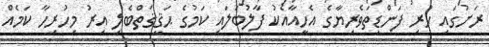
ރަށުގައި ހުރި ފަންޑިތަވެރިޔާގެ އެހީއާއެކު ފާލުބަލައި ކަމުގެ ޙަޤީޤަތްބެލި އިރު މިހުރިހާ ކަމެއް